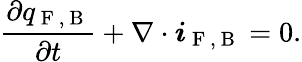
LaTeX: \frac{\partial q_{\mathrm{~F~,~B~}}}{\partial t}+\nabla\cdot\boldsymbol{i}_{\mathrm{~F~,~B~}}=0.